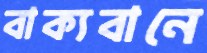
বাক্যবানে